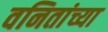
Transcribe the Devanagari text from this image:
वनितांच्या